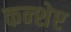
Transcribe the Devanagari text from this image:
कन्शेप्ट